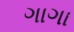
ગાગા